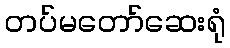
တပ်မတော်ဆေးရုံ